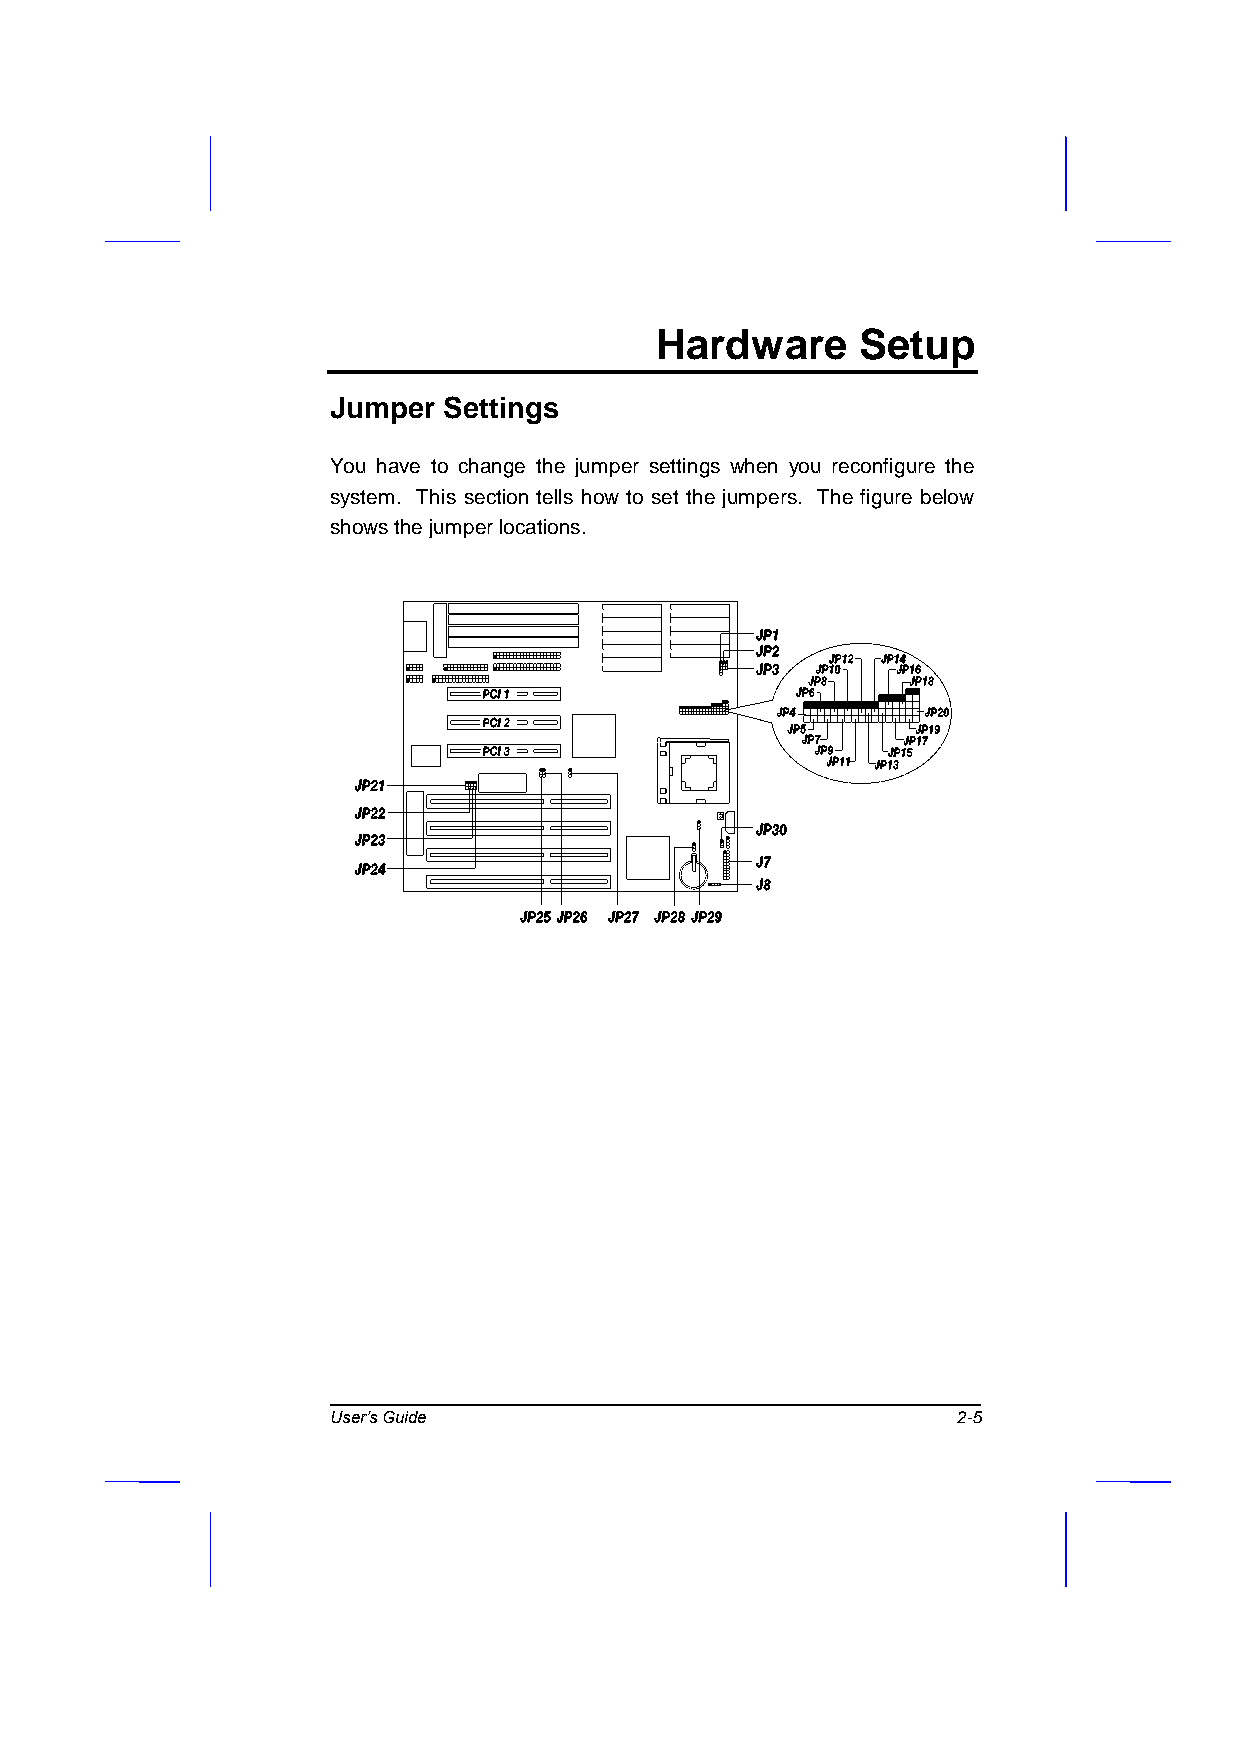
Hardware      Setup
 Jumper Settings
 You have to change the jumper settings when you reconfigure the
 system. This section tells how to set the jumpers. The figure below
 shows the jumper locations.
 User’s Guide                             2-5